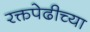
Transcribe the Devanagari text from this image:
रक्तपेढीच्या